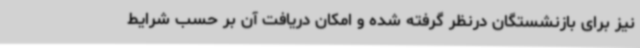
نیز برای بازنشستگان درنظر گرفته شده و امکان دریافت آن بر حسب شرایط